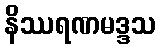
နိဿရဏမဒ္ဒသ